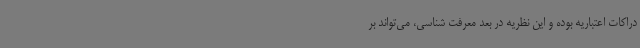
دراکات اعتباریه بوده و این نظریه در بعد معرفت شناسی، می‌تواند بر